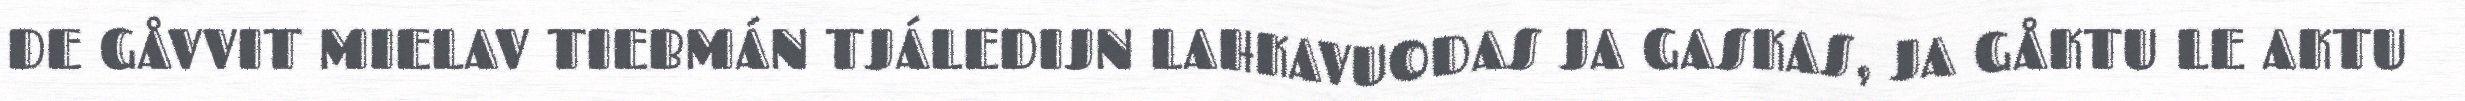
DE GÅVVIT MIELAV TIEBMÁN TJÁLEDIJN LAHKAVUODAS JA GASKAS, JA GÅKTU LE AKTU